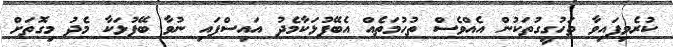
ކުރެވިފައިވާ ތަހުގީގުތަކުން އެއްވެސް ތުހުމަތެއް އެބޭފުޅަކާމެދު އައިސްފައި ނުވާ ބޭފުޅަކާ މެދު މިގޮތަށް